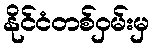
နိုင်ငံတစ်ဝှမ်းမှ